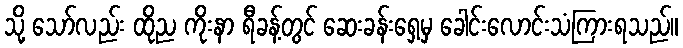
သို့ သော်လည်း ထိုည ကိုးနာ ရီခန့်တွင် ဆေးခန်းရှေ့မှ ခေါင်းလောင်းသံကြားရသည်။